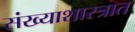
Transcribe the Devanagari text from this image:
संख्याशास्त्रात